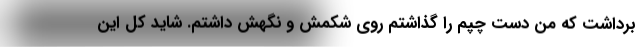
برداشت که من دست چپم را گذاشتم روی شکمش و نگهش داشتم. شاید کل این